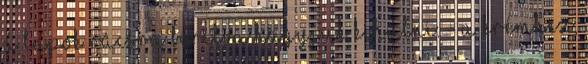
a lapok rácsra borítva hagyjuk kihűlni. - A krémhez,